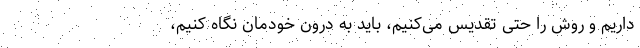
داریم و روش را حتی تقدیس می‌کنیم، باید به درون خودمان نگاه کنیم،